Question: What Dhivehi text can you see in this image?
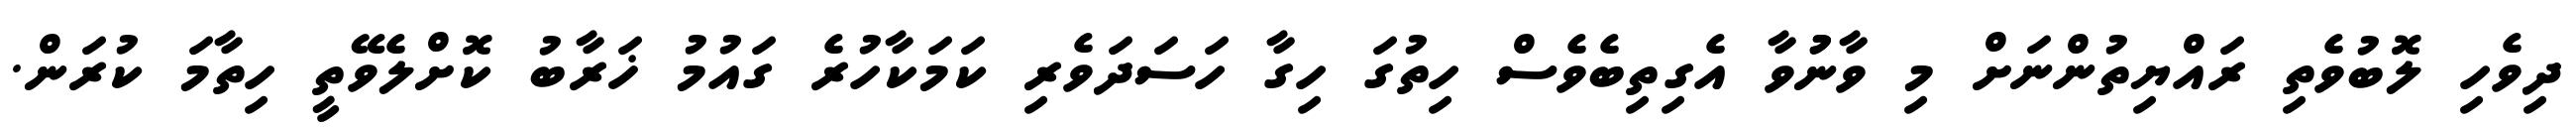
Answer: ދިވެހި ލޮބުވެތި ރައްޔިތުންނަށް މި ވާނުުވާ އެގިތިބެވެސް ހިތުގަ ހިގާ ހަސަދަވެރި ކަމަކާހުރެ ގައުމު ޚަރާބު ކޮށްލެވޭތީ ހިތާމަ ކުރަން.